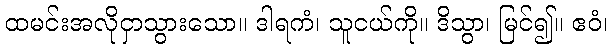
ထမင်းအလိုငှာသွားသော။ ဒါရကံ၊ သူငယ်ကို။ ဒိသွာ၊ မြင်၍။ ဧဝံ၊